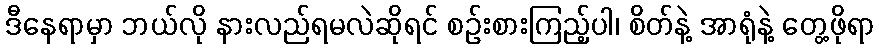
ဒီနေရာမှာ ဘယ်လို နားလည်ရမလဲဆိုရင် စဉ်းစားကြည့်ပါ၊ စိတ်နဲ့ အာရုံနဲ့ တွေ့ဖိုရာ